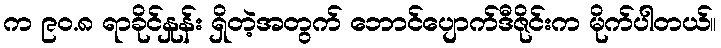
က ၉၀.၈ ရာခိုင်နှုန်း ရှိတဲ့အတွက် ဘောင်ပျောက်ဒီဇိုင်းက မိုက်ပါတယ်။